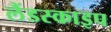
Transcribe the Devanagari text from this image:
लैंडस्काइप